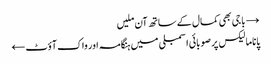
→ باجی بھی کمال کے ساتھ آن ملیں
پاناما لیکس پر صوبائی اسمبلی میں ہنگامہ اور واک آؤٹ ←